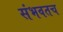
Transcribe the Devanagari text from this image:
संभवतच